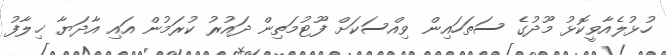
ހުޅުލެއާވީކޮޅު މޫދުގެ ސަތަހައިން ވިއްސަކަށް ފޫޓުމަތިން ދައުރު ކުރަމުން އައި އާދަޔާ ޚިލާފު